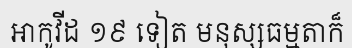
អាកូវីដ ១៩ ទៀត មនុស្សធម្មតាក៏